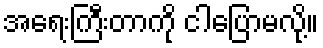
အရေးကြီးတာကို ငါပြောမလို့။